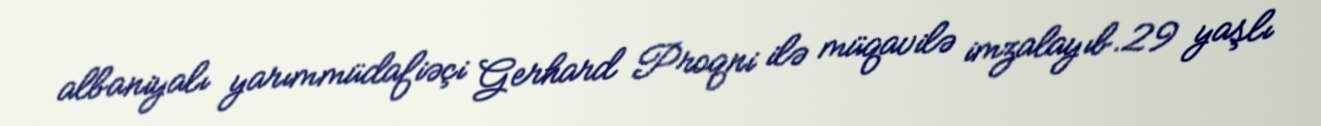
albaniyalı yarımmüdafiəçi Gerhard Proqni ilə müqavilə imzalayıb.29 yaşlı